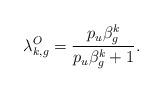
LaTeX: \begin{align*}\lambda_{k,g}^O=\frac{p_u\beta_g^k}{p_u\beta_g^k+1}.\end{align*}